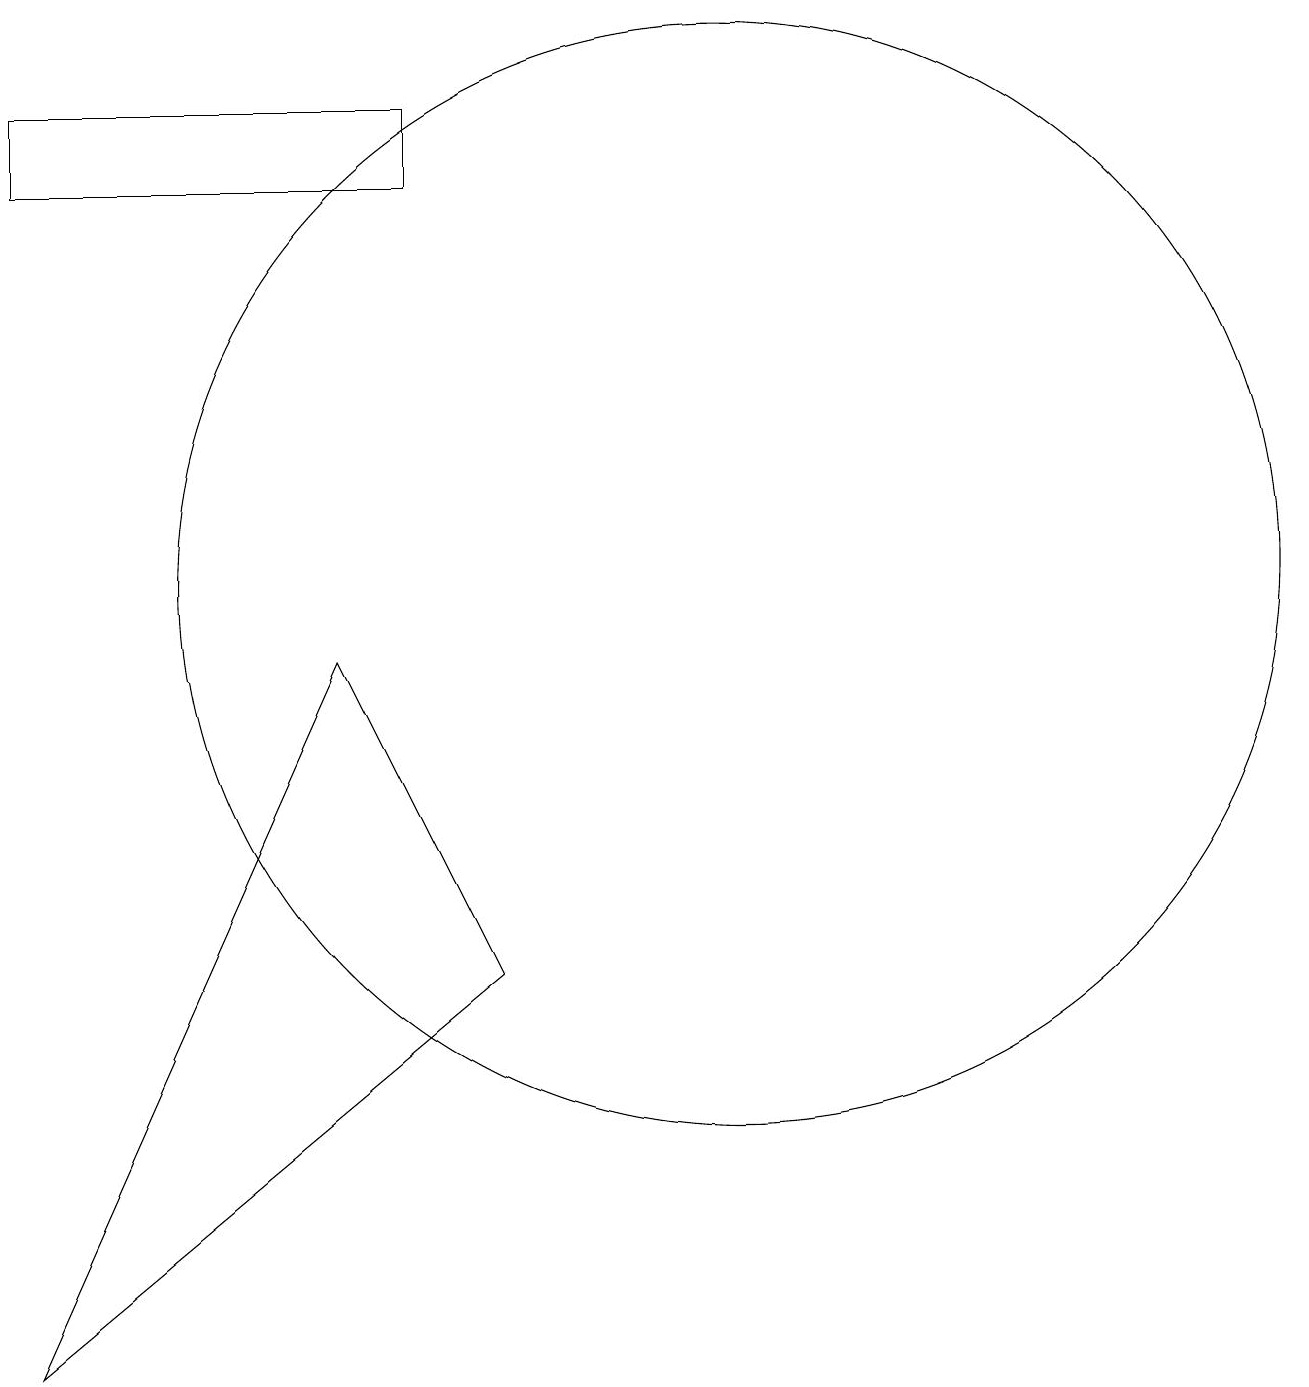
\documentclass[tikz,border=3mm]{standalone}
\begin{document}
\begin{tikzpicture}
\draw (10,10) circle (7);
\draw (7,5) -- (5,9) -- (1,0) -- cycle;
\draw (1,16) rectangle (6,15);
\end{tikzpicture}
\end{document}